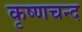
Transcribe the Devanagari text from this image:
कृष्णचन्द